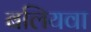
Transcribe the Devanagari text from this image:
बलियवा